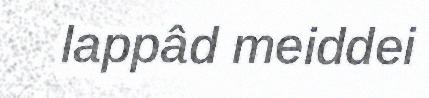
lappâd meiddei